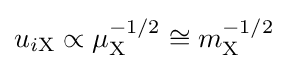
u_{i\mathrm {X} }\propto \mu _{\mathrm {X} }^{-1/2}\cong m_{\mathrm {X} }^{-1/2}